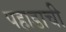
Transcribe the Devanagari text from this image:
पहाडाची